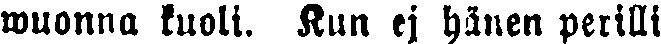
wuonna kuoli. Kun ej hänen perilli